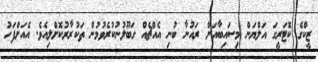
ޒީކްގެ ކޮޓަރީގަ އަލްޔަން މިސައިބާއަށް ރައުނާ ބުނި އެއްޗެއް ގަބޫލުނުކުރެވުމުން ތަކުރާރުކޮށްލިއެވެ. އެއަށްފަހު